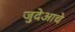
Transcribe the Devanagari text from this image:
जुदेआचे